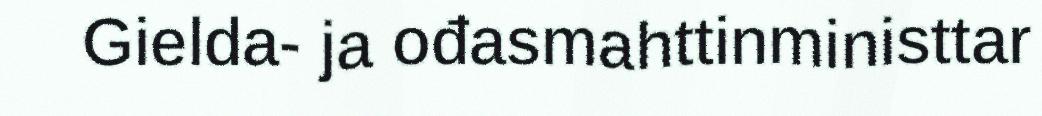
Gielda- ja ođasmahttinministtar